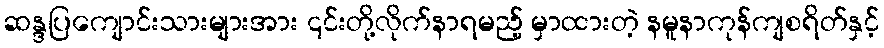
ဆန္ဒပြကျောင်းသားများအား ၎င်းတို့လိုက်နာရမည့် မှာထားတဲ့ နမူနာကုန်ကျစရိတ်နှင့်